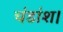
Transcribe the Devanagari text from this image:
चंडांश।